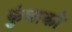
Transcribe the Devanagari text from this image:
कुंचाको